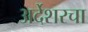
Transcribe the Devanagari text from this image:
अर्देशरचा